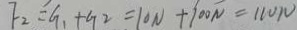
F _ { 2 } = G _ { 1 } + G 2 = 1 0 N + 1 0 0 N = 1 1 0 N